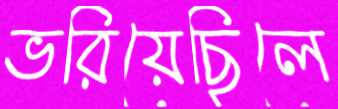
ভরিয়েছিলে